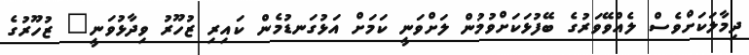
ދިމާލަކަށްވެސް ލެއްވޭވަރުގެ ބޭފުޅަކަށްވުމުން ލަށްވަނީ ކަމަށް އަޅުގަނޑުމެން ކައިރި ޒުހޫރު ވިދާޅުވަނީ" ޒުހޫރުގެ